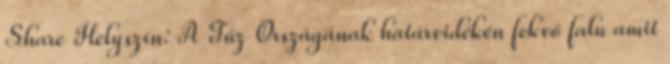
Share Helyszín: A Tűz Országának határvidékén fekvő falu amit